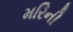
મરિની